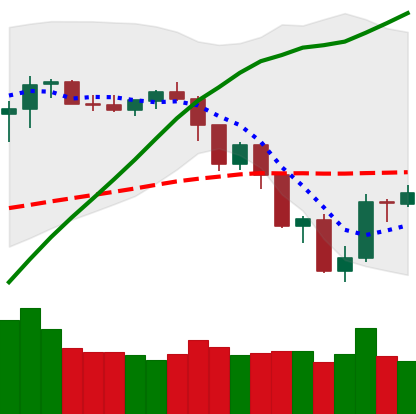
Ticker: NEO-USD
Chart end date: 2019-07-20
Forward return: -11.059%
Label: down_7plus